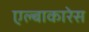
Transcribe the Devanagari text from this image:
एल्बाकारेस